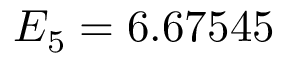
E _ { 5 } = 6 . 6 7 5 4 5